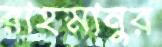
রাহমানুর